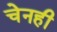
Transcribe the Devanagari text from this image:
चेनही